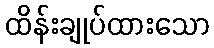
ထိန်းချုပ်ထားသော